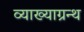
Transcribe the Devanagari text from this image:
व्याख्याग्रन्थ